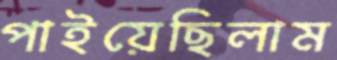
পাইয়েছিলাম